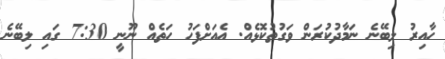
ހާއިރު ލިބޭނެ ނަމާދުކުރަން ވަގުތުކޮޅެއް. އެއަށްފަހު ހަތެއް ނޫނީ 7:30 ގައި ލިބޭނެ